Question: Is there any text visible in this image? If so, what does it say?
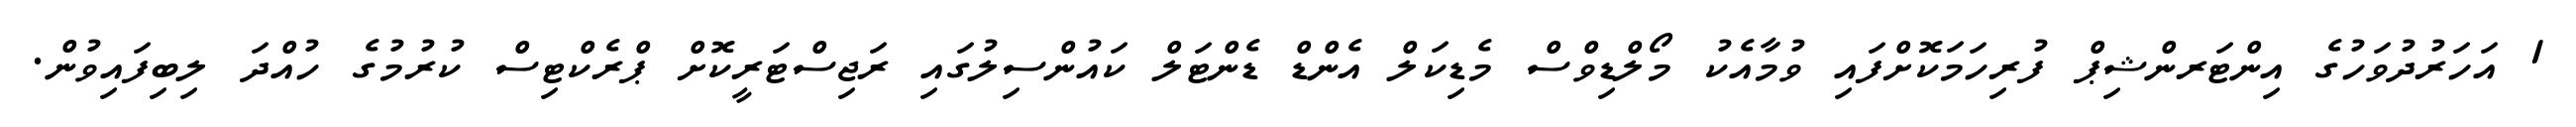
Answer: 1 އަހަރުދުވަހުގެ އިންޓަރންޝިޕް ފުރިހަމަކޮށްފައި ވުމާއެކު މޯލްޑިވްސް މެޑިކަލް އެންޑް ޑެންޓަލް ކައުންސިލުގައި ރަޖިސްޓަރީކޮށް ޕްރެކްޓިސް ކުރުމުގެ ހުއްދަ ލިބިފައިވުން.